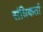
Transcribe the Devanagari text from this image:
संधिकर्ता